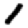
Digit: 1